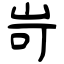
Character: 岢